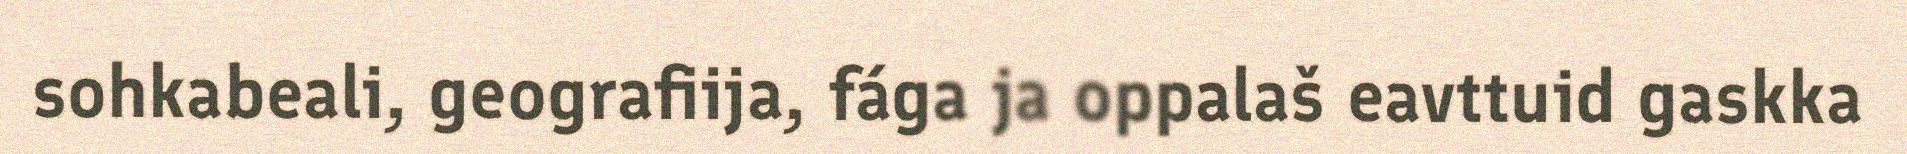
sohkabeali, geografiija, fága ja oppalaš eavttuid gaskka